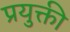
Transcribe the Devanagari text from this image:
प्रयुक्ती